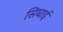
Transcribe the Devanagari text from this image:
सिघाई